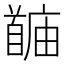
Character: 𬳙